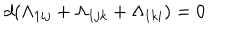
LaTeX: d ( \Lambda _ { 1 i j } + \Lambda _ { 1 j k } + \Lambda _ { 1 k i } ) = 0